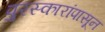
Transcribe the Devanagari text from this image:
पुरस्कारांपासून